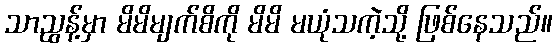
သာညွန့်မှာ မိမိမျက်စိကို မိမိ မယုံသကဲ့သို့ ဖြစ်နေသည်။